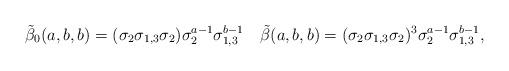
LaTeX: \begin{align*}\tilde\beta_0(a,b,b)=(\sigma_2\sigma_{1,3}\sigma_2) \sigma_2^{a-1}\sigma_{1,3}^{b-1}\quad\tilde\beta(a,b,b)=(\sigma_2\sigma_{1,3}\sigma_2)^3 \sigma_2^{a-1}\sigma_{1,3}^{b-1},\end{align*}